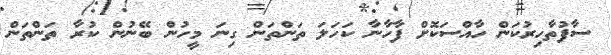
ސާފުތާހިރުކަން ހާއްސަކޮށް ފާހާނާ ކަހަލަ ތަންތަން ގިނަ މީހުން ބޭނުން ކުރާ ތަންތަން